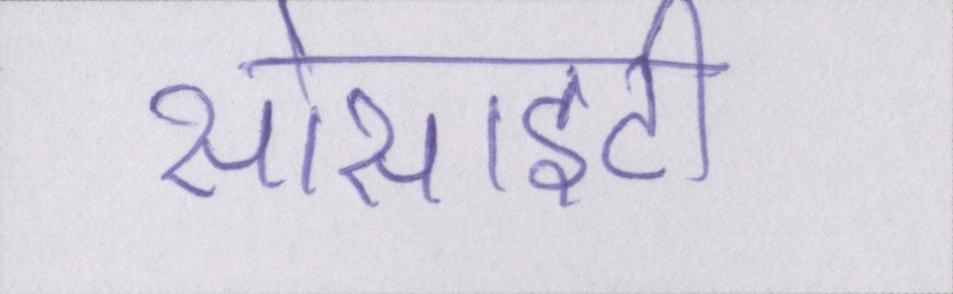
सोसाइटी